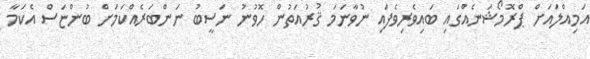
އަމިއްލައަށް ޕްރޮމޯޝަނެއްގައި ބައިވެރިވެފައި ނުވާނަމަ ޤުރުއަތުން ހޮވުނު ނަސީބު ނަންބަރެއްކަމަށް ބުންޏަސް އެކަމާ